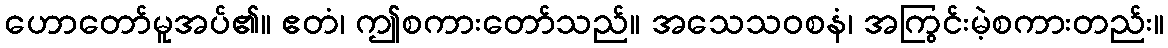
ဟောတော်မူအပ်၏။ ဧတံ၊ ဤစကားတော်သည်။ အသေသဝစနံ၊ အကြွင်းမဲ့စကားတည်း။